Lunatic asylums Burma 1907-21 - 1907-1921
Year: 1907
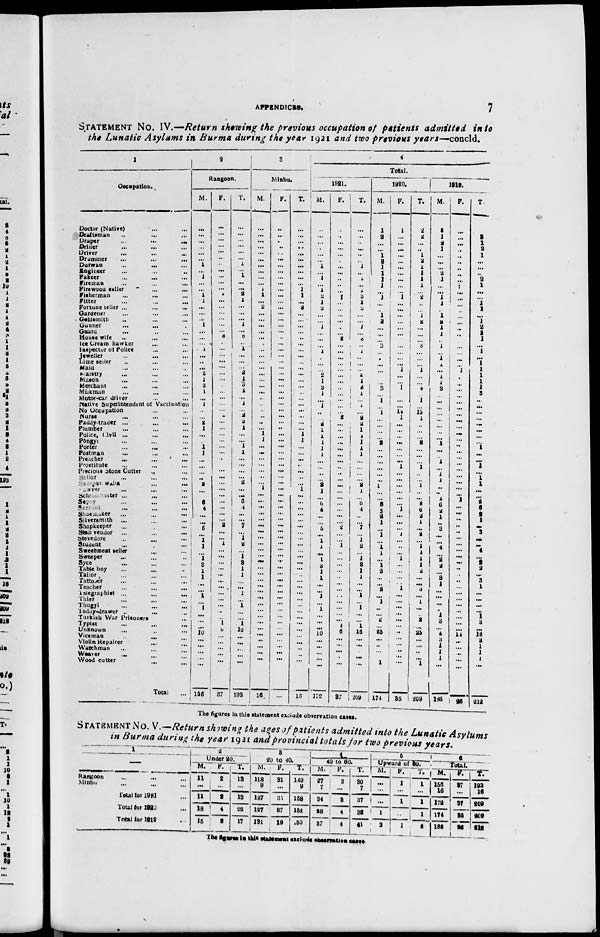
APPINDICES.
7
STATEMENT No. IV.—Return showing the previous occupation of patients admitted into
the Lunatic Asylums in Burma during the year 1921 and two previous years—concld.
1
Occupation.
Doctor (Native) ... ...
Draftsman ... ... ...
Draper
...
...
...
Driller ... ... ...
Driver ... ... ...
Drummer ... ... ...
Durwan ... ... ...
Engineer ... ... ...
Fakeer ... ... ...
Fireman ... ... ...
Firewood seller ... ...
Fisherman ... ... ...
Fitter ... ... ...
Fortune teller ... ... ...
Gardener ... ... ...
Goldsmith ... ... ...
Gunner
...
... ...
Guard
... ... ...
House wife ... ... ...
Ice Cream hawker ... ...
Inspector of Police ... ...
Jeweller
...
... ...
Lime seller ... ... ...
Maid ... ... ...
Maistry
...
...
...
Mason ... ... ...
Merchant ... ... ...
Milkman ... ... ...
Motor-car driver ... ... ...
Native Superintendent of Vaccination
No Occupation ... ...
Nurse ... ... ...
Paddy trader ...
...
...
Plumber ... ... ...
Police, Civil ... ... ...
Pongyi ... ... ...
Porter
...
... ...
Postman ... ... ...
Preacher
...
...
...
Prostitute ... ... ...
Precious Stone Cutter ... ...
Sailor ... ... ...
Sampan walla
...
...
Sawyer ... ... ...
School master ... ... ...
Sepoy ... ... ...
Servant ... ... ...
Shoemaker
...
...
...
Silversmith
Shopkeeper
...
Stall vendor
...
...
...
Stevedore
...
... ...
Student ... ... ...
Sweetmeat teller
Sweeper ... ... ...
Syce
... ... ...
Table boy ... ... ...
Tailor ... ... ...
Tattoœr
...
...
...
Teacher
telegraphist ... ... ...
Thief ... ... ...
Thugyi ... ... ...
Toduy-drawer...
... ...
Turkish War Prisoners ...
Typist ... ... ...
Unknown ... ... ...
Viceman ... ... ...
Violin Repairer ... ...
Watchman ... ... ...
Weaver ... ... ...
Wood cutter ... ... ...
Total ...
2
Rangoon.
M.
...
...
...
...
...
...
1
...
1
...
...
1
1
...
...
...
1
...
...
... .
1
...
...
...
2 1
3
1
...
1
...
...
2
1
...
...
1
1
...
...
...
...
2
...
...
6 4
...
...
5
...
1
1
...
1
3
1
1
...
...
1
...
1
... ...
...
10
...
...
...
...
...
156
F.
...
...
...
...
...
...
...
...
...
...
...
1
...
...
...
... ...
...
8
...
...
...
...
...
...
...
...
...
...
...
...
2
...
...
...
...
...
...
...
...
...
...
...
...
...
...
...
...
...
2
...
...
1
...
...
...
...
...
...
...
...
...
...
...
...
1
6
...
...
...
...
...
37
T.
...
...
...
...
...
...
1
...
1
...
...
2
1
...
...
...
1
...
8
...
1
...
...
...
2
1 3
1
...
1
...
2
2
1 ...
1
1
1
...
...
...
...
2
...
...
6 4
...
...
7
...
1
2
...
1
3
1
1
...
...
1
...
1
...
...
1
16
...
...
...
...
...
193
3
Minbu.
M.
...
...
...
...
...
...
...
...
...
...
1
1
...
2
...
...
...
...
...
...
...
...
...
...
...
...
...
...
...
...
...
...
...
1
1
...
...
...
...
...
...
...
1
...
...
...
...
...
...
...
...
...
...
...
...
...
...
...
...
...
...
...
...
...
...
...
...
...
...
...
...
...
16
F.
...
...
...
...
...
...
...
...
...
...
...
...
...
...
...
...
...
...
...
...
...
...
...
...
...
...
...
...
...
...
...
...
...
...
...
...
...
...
...
...
...
...
...
...
...
...
...
...
...
...
...
...
...
...
...
...
...
...
...
...
...
...
...
...
...
...
...
...
...
...
...
...
...
T.
...
...
...
...
...
...
...
...
...
...
1
1
...
2
...
...
...
...
...
...
...
...
...
...
...
...
...
...
...
...
...
...
...
1
1
...
...
...
...
...
...
...
1
...
...
...
...
...
...
...
...
...
...
...
...
...
...
...
...
...
...
...
...
...
...
...
...
...
...
...
...
...
16
4
Total.
1921.
M.
...
...
...
...
...
...
1
...
1
...
1
2
1
2
...
...
1
...
...
...
1
...
...
...
2
1
3 1
...
1
...
...
2
1
1
1
1
1
...
...
...
...
2
1
...
6
4
...
...
5
...
1
1
...
1
3
1
1
...
...
1
...
1
...
...
...
10
...
...
...
...
...
172
F.
...
...
...
...
...
...
...
...
...
...
...
1
...
...
...
...
...
...
8
...
...
...
...
...
...
...
...
...
...
...
...
2
...
...
...
...
...
...
...
...
...
...
...
...
...
...
...
2
...
...
1
...
...
...
...
...
...
...
...
...
...
...
1
6
...
...
...
...
...
37
T.
...
...
...
...
...
...
1
...
1
...
1
3
1
2
...
1
...
8
...
1
...
...
...
2
1
3
1
...
1
...
2
2
1
1
1
1
1
...
...
...
2
1
...
6
4
...
...
7
...
1
2
...
1
3
1
1
...
...
1
...
1
...
1
16
...
...
...
...
...
209
1920.
M.
1
2
...
...
1
2
1
1
1
1
...
1
...
...
1
2
...
...
...
3
...
...
...
...
...
...
3
...
1
...
1
...
...
...
...
2
...
...
...
...
...
...
1
...
...
8
5
2
1
...
1
...
1
1
...
1
2
...
...
2
...
1
...
...
2
...
25
... ...
...
...
1
174
F.
1
...
...
...
...
...
...
...
...
...
...
1
...
...
...
...
...
...
...
...
...
...
...
1
...
1
...
...
...
14
1
...
...
...
...
...
...
...
1
...
...
...
...
...
...
1
...
...
...
1
...
...
...
1
...
...
...
...
1
...
...
...
...
...
...
..
...
...
...
...
...
86
T.
2
2
...
...
1
2
1
1
1
1
...
2
...
...
1
2
...
...
...
3
...
...
1
...
...
4
...
1
...
15
1
...
...
...
2
...
...
...
1
...
...
1
...
...
8
6
2
1
...
2
...
1
1
1 1
2
...
...
3
...
1
...
...
2
...
25
...
...
...
...
1
209
1919.
M.
3
1
2
1
...
...
...
2
1
...
...
1
1
...
1
2
1
1
...
1
...
1
1
...
1
1
3
...
...
...
...
...
...
...
...
1
...
...
1
...
1
1
..
...
1
6
2
1
...
3
...
...
4
...
2
2
...
3
1
...
...
...
...
1
3
...
4
3
1
1
1
...
186
F.
...
...
...
...
...
...
...
...
...
...
...
...
...
...
...
...
..
...
...
...
...
...
...
1
....
...
...
...
...
...
...
...
...
...
...
...
...
...
...
...
...
...
...
...
1
...
...
...
...
...
...
...
...
...
...
...
...
...
...
...
...
...
...
...
...
...
14
...
...
...
...
...
26
T.
3
1
2
1
...
...
...
2
1
...
...
1
1
...
1
2
1
1
...
1
...
1
1
1
1
1
3
...
...
...
...
...
...
... ...
1
...
...
1
1 1
...
...
2 6
2
1
...
3
...
...
4
...
2
2
...
3
1
...
...
...
...
1
3
...
18
3
1
1
1
...
212
The figures in this statement exclude observation cases.
STATEMENT No. V.—Return showing the ages of patients admitted into the Lunatic Asylums
in Burma during the year 1921 and provincial totals for two previous years.
1
Rangoon ... ... ...
Minbu
...
... ...
Total for 1921 ...
Total for 1920 ...
Total lor 1919 ...
2
Under 20.
M.
11
...
11
18
15
F.
2
...
2
4
8
T.
13
...
13
22
17
3
20 to 40
M.
118
9
127
127
131
F.
31
...
31
27
19
T.
149
9
158
154
150
4
40 to 60.
M.
27
7
34
28
37
F.
3
...
3
4
4
T.
30
7
37
32
41
5
Upward of 60.
M.
...
...
...
1
3
F.
1
...
1
1
T.
1
...
1
1
4
6
Total
M.
156
16
172
174
186
F.
37
...
37
35
26
T.
193
16
209
209
212
The figures in this statement exclude observation cases.